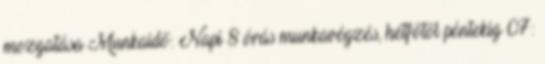
mozgatása Munkaidő: Napi 8 órás munkavégzés, hétfőtől péntekig 07: